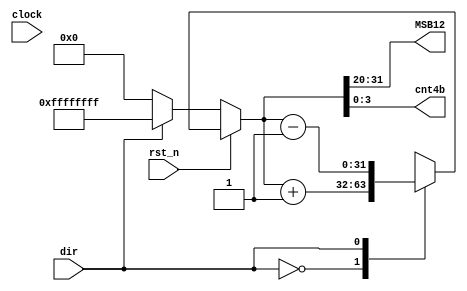
module counter(
    output [11:0] MSB12,
	 output [ 3:0] cnt4b,
    input clock,
    input rst_n,
    input dir
    );
	 reg [31:0] temp;
	 
	 always @ (rst_n, clk_div7) begin
		if(rst_n==1'b0) begin
			temp <= (dir) ? 32'hFFFF_FFFF : 32'b0;
			end
		else
			case(dir)
			1'b0: temp <= temp+1'b1;
			1'b1: temp <= temp-1'b1;
			default: begin
				if(dir==1'b0) temp <= 6'b0;
				else if(dir==1'b1) temp <= 6'b11_1111;
				end
			endcase
		 end
	 
	 assign MSB12 = temp[31:20],
			  cnt4b = temp[3:0];


endmodule